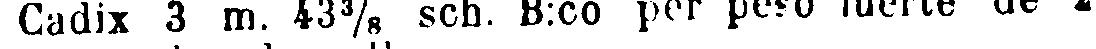
Cadix 3m. 43 ⅜ sch. B:co per peso fuerte de 20